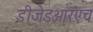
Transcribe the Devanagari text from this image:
डीजेडआरएच